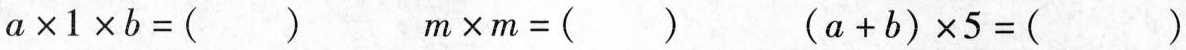
$$a\times 1\times b=()$$ $$m\times m=()$$ $$(a+b)\times 5=()$$